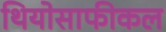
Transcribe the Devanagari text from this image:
थियोसाफीकल